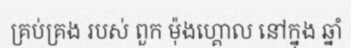
គ្រប់គ្រង របស់ ពួក ម៉ុងហ្គោល នៅក្នុង ឆ្នាំ